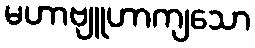
မဟာဗျူဟာကျသော